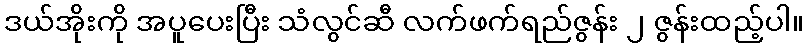
ဒယ်အိုးကို အပူပေးပြီး သံလွင်ဆီ လက်ဖက်ရည်ဇွန်း ၂ ဇွန်းထည့်ပါ။